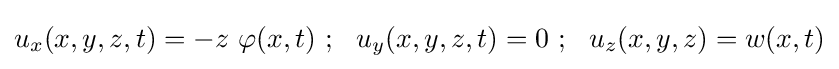
u_{x}(x,y,z,t)=-z~\varphi (x,t)~;~~u_{y}(x,y,z,t)=0~;~~u_{z}(x,y,z)=w(x,t)